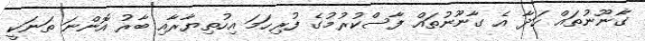
ގާނޫނުތައް ހަދާ އެ ގާނޫނުތައް ފާސްކުރުމުގެ ފުރިހަމަ އިހުތިޔާރާއި ބާރު އޮންނަ ތަނަކީ